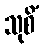
သုစိံ